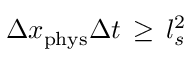
\Delta x _ { \mathrm { p h y s } } \Delta t \, \geq \, l _ { s } ^ { 2 }